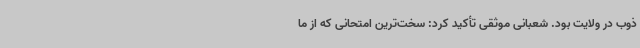
ذوب در ولایت بود. شعبانی موثقی تأکید کرد: سخت‌ترین امتحانی که از ما